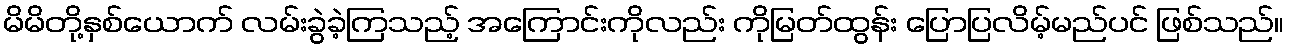
မိမိတို့နှစ်ယောက် လမ်းခွဲခဲ့ကြသည့် အကြောင်းကိုလည်း ကိုမြတ်ထွန်း ပြောပြလိမ့်မည်ပင် ဖြစ်သည်။